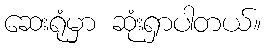
ဆေးရုံမှာ ဆုံးရှာပါတယ်။